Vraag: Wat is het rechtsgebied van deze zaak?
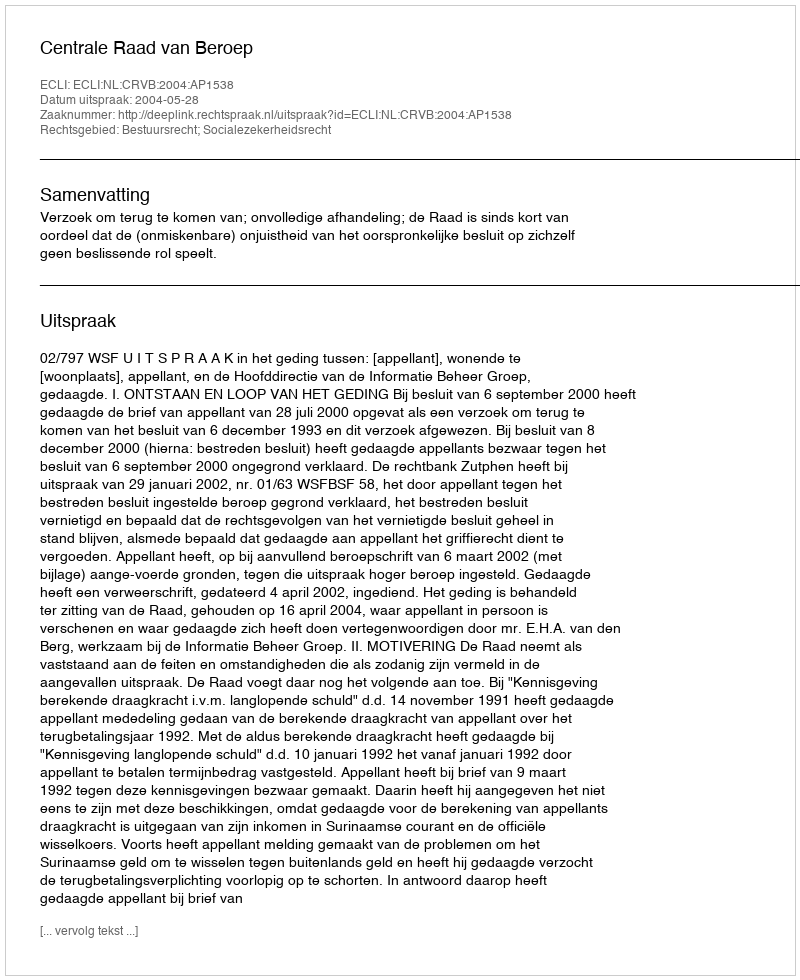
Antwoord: Bestuursrecht; Socialezekerheidsrecht